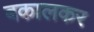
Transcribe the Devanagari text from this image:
बकालकर